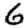
Digit: 6